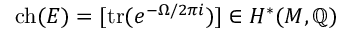
\operatorname { c h } ( E ) = [ \operatorname { t r } ( e ^ { - \Omega / 2 \pi i } ) ] \in H ^ { * } ( M , \mathbb { Q } )